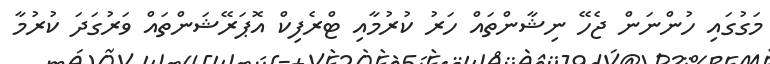
މަގުގައި ހުންނަން ޖެހޭ ނިޝާންތައް ހަރު ކުރުމާއި ޓްރެފިކް އޮޕަރޭޝަންތައް ވަރުގަދަ ކުރުމާ